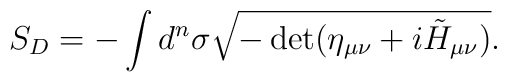
S_D = - \int d^n \sigma \sqrt{- \det (\eta_{\mu\nu} + i \tilde{H}_{\mu\nu})}.